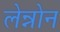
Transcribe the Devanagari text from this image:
लेन्नोन